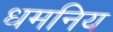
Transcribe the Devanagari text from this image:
धमनिय